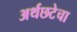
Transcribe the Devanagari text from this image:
अर्थछटेचा